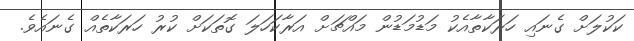
ކަކުލަށް ގެނައި ހަރަކާތާއެކު މަޑުމަޑުން މައްޗަށް އަރާކަހަލަ ގޮތަކަށް ކުރު ހަރަކާތެއް ގެނައެވެ.